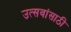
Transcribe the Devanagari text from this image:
उत्सवांसाठी